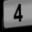
Digit: 4